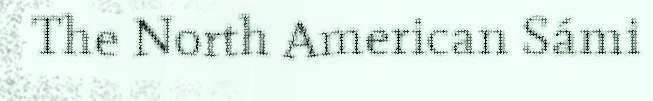
The North American Sámi